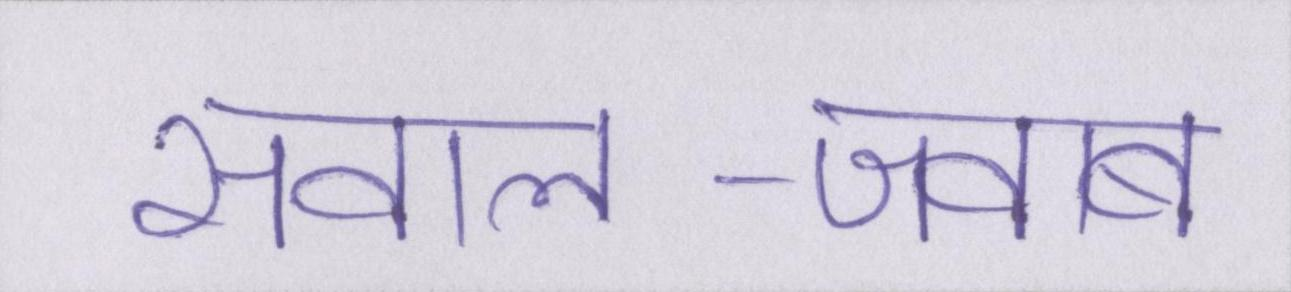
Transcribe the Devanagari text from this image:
सवाल-जवाब